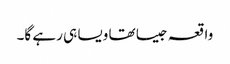
واقعہ جیسا تھا ویسا ہی رہے گا۔